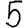
Digit: 5